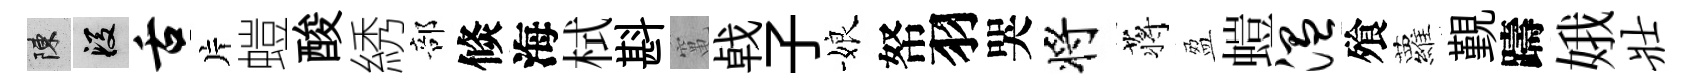
陳段舌片螘酸綉部倐海栻斟𥧄㦸子娘帑羽哭将蒋盈螘温飱蘿覲躊娥壮